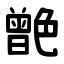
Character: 䒏